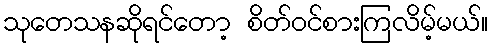
သုတေသနဆိုရင်တော့ စိတ်ဝင်စားကြလိမ့်မယ်။